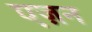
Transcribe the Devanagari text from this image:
एज़न